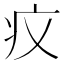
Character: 𤴧